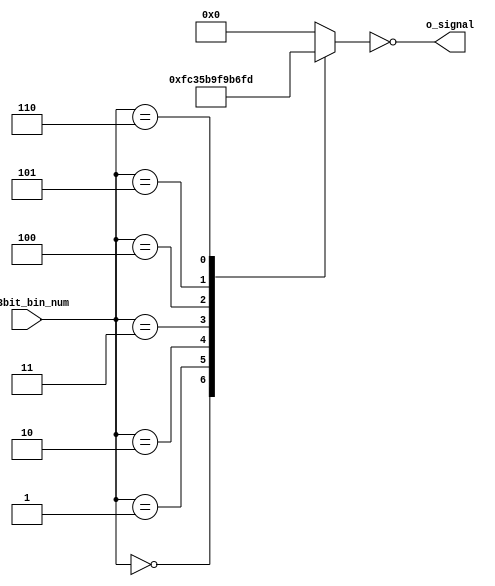
module Seven_segment_display_3bits (
    input [2:0] i_3bit_bin_num,
    output [6:0] o_signal
);
reg [6:0] r_out;

assign o_signal = ~r_out;

always @(i_3bit_bin_num)
begin
    case (i_3bit_bin_num)
        3'h0: r_out <= 7'b0111111;
        3'h1: r_out <= 7'b0000110;
        3'h2: r_out <= 7'b1011011;
        3'h3: r_out <= 7'b1001111;
        3'h4: r_out <= 7'b1100110;
        3'h5: r_out <= 7'b1101101;
        3'h6: r_out <= 7'b1111101;
        default: r_out <= 7'b0;
    endcase
    
end
endmodule